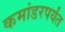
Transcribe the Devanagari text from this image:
कमांडरपर्यंत